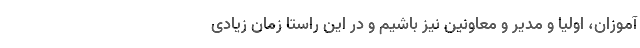
آموزان، اولیا و مدیر و معاونین نیز باشیم و در این راستا زمان زیادی